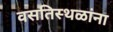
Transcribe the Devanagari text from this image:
वसतिस्थळांना